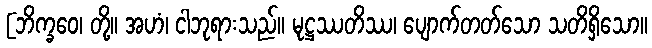
[ဘိက္ခဝေ၊ တို့။ အဟံ၊ ငါဘုရားသည်။ မုဋ္ဌဿတိဿ၊ ပျောက်တတ်သော သတိရှိသော။